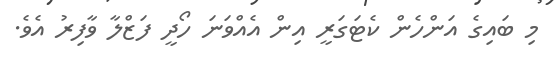
މި ބައިގެ އަންހެން ކެޓަގަރީ އިން އެއްވަނަ ހޯދީ ފަޒްލާ ވާފިރު އެވެ.